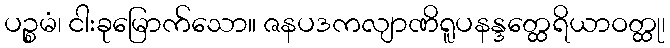
ပဉ္စမံ၊ ငါးခုမြောက်သော။ ဇနပဒကလျာဏိရူပနန္ဒတ္ထေရိယာဝတ္ထု၊